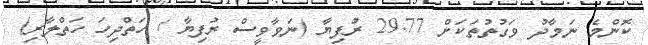
ކޮންމެ ނަމާދު ވަގުތުތަކަށް 29.77 ރުފިޔާ (ނަވާވީސް ރުފިޔާ / ހަތްދިހަ ހަތްލާރި)